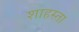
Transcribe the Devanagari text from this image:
शाहस्ता